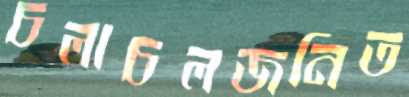
চলাচলজনিত